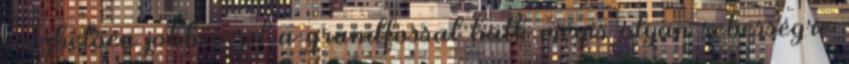
érezhetően jobb ezzel a grundfossal halk mégis olyan sebességre